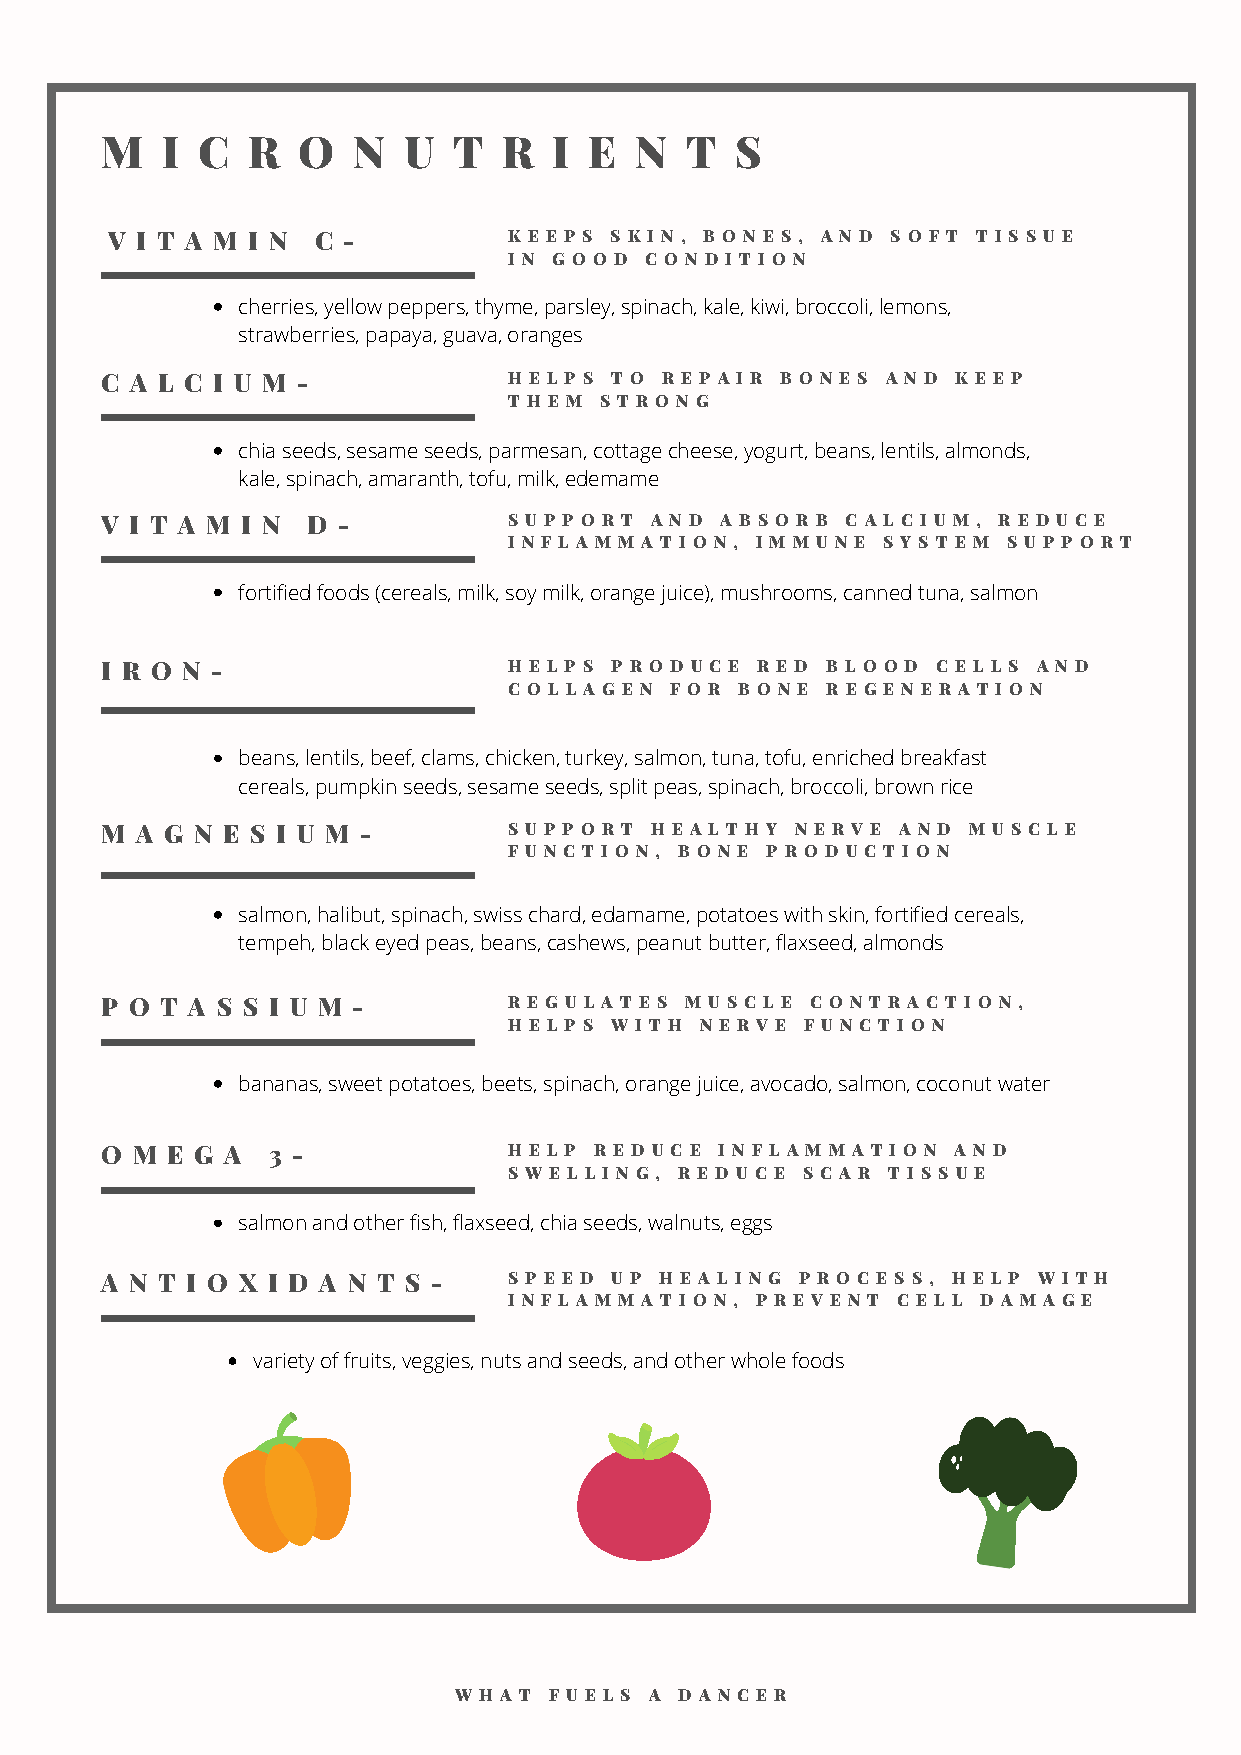
M   I C  R   O  N   U  T  R   I E  N  T   S
 V I T A M I N C -          K E E P S S K I N , B O N E S , A N D S O F T T I S S U E
 I N G O O D C O N D I T I O N
 cherries, yellow peppers, thyme, parsley, spinach, kale, kiwi, broccoli, lemons,
 strawberries, papaya, guava, oranges
 C A L C I U M -            H E L P S T O R E P A I R B O N E S A N D K E E P
 T H E M S T R O N G
 chia seeds, sesame seeds, parmesan, cottage cheese, yogurt, beans, lentils, almonds,
 kale, spinach, amaranth, tofu, milk, edemame
 V I T A M I N D -          S U P P O R T A N D A B S O R B C A L C I U M , R E D U C E
 I N F L A M M A T I O N , I M M U N E S Y S T E M S U P P O R T
 fortified foods (cereals, milk, soy milk, orange juice), mushrooms, canned tuna, salmon
 I R O N -                  H E L P S P R O D U C E R E D B L O O D C E L L S A N D
 C O L L A G E N F O R B O N E R E G E N E R A T I O N
 beans, lentils, beef, clams, chicken, turkey, salmon, tuna, tofu, enriched breakfast
 cereals, pumpkin seeds, sesame seeds, split peas, spinach, broccoli, brown rice
 M A G N E S I U M -        S U P P O R T H E A L T H Y N E R V E A N D M U S C L E
 F U N C T I O N , B O N E P R O D U C T I O N
 salmon, halibut, spinach, swiss chard, edamame, potatoes with skin, fortified cereals,
 tempeh, black eyed peas, beans, cashews, peanut butter, flaxseed, almonds
 P O T A S S I U M -        R E G U L A T E S M U S C L E C O N T R A C T I O N ,
 H E L P S W I T H N E R V E F U N C T I O N
 bananas, sweet potatoes, beets, spinach, orange juice, avocado, salmon, coconut water
 O M E G A  3 -             H E L P R E D U C E I N F L A M M A T I O N A N D
 S W E L L I N G , R E D U C E S C A R T I S S U E
 salmon and other fish, flaxseed, chia seeds, walnuts, eggs
 A N T I O X I D A N T S -  S P E E D U P H E A L I N G P R O C E S S , H E L P W I T H
 I N F L A M M A T I O N , P R E V E N T C E L L D A M A G E
 variety of fruits, veggies, nuts and seeds, and other whole foods
 W H A T F U E L S A D A N C E R